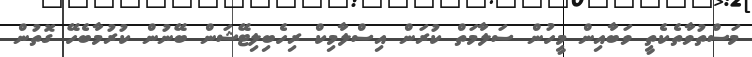
މަސްތުވާތެކެތީ ވަބާއިން މީހުން ސަލާމަތް ކުރަން އިސްލާމިކް ރިހެބިލިޓޭޝަން ބޭނުން ކުރުމާބެހޭ ގޮތުން